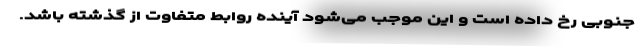
جنوبی رخ داده است و این موجب می‌شود آینده روابط متفاوت از گذشته باشد.